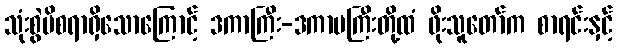
သုံးစွဲမိစရာရှိသောကြောင့် ဒကာကြီး-ဒကာမကြီးတို့ထံ ဖိုးသူတော်က စာရင်းနှင့်